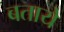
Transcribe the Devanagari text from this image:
बतायेे